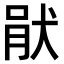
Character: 𤞣